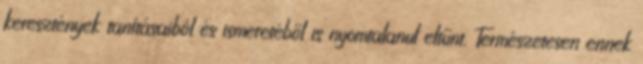
keresztények tanításaiból és ismeretéből is nyomtalanul eltűnt. Természetesen ennek